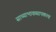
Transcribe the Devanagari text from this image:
साध्याभावव्यापकत्व